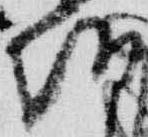
朝